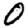
Digit: 0